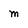
Character: m